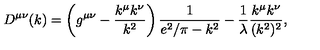
D ^ { \mu \nu } ( k ) = \left( g ^ { \mu \nu } - \frac { k ^ { \mu } k ^ { \nu } } { k ^ { 2 } } \right) \frac { 1 } { e ^ { 2 } / \pi - k ^ { 2 } } - \frac { 1 } { \lambda } \frac { k ^ { \mu } k ^ { \nu } } { ( k ^ { 2 } ) ^ { 2 } } ,